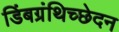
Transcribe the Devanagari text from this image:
डिंबग्रंथिच्छेदन